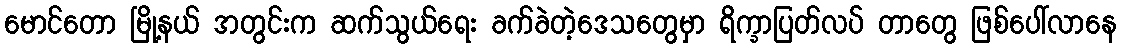
မောင်တော မြို့နယ် အတွင်းက ဆက်သွယ်ရေး ခက်ခဲတဲ့ဒေသတွေမှာ ရိက္ခာပြတ်လပ် တာတွေ ဖြစ်ပေါ်လာနေ